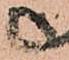
尉